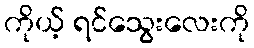
ကိုယ့် ရင်သွေးလေးကို